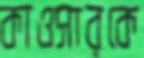
কাওসারকে